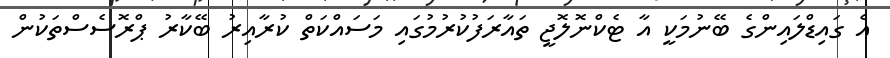
އެ ގައިޑްލައިންގެ ބޭނުމަކީ އާ ޓެކްނޮލޮޖީ ތައާރަފުކުރުމުގައި މަސައްކަތް ކުރާއިރު ބޭކާރު ޕްރޮސެސްތަކުން